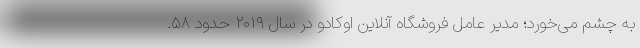
به چشم می‌خورد؛ مدیر عامل فروشگاه آنلاین اوکادو در سال ۲۰۱۹ حدود ۵۸.